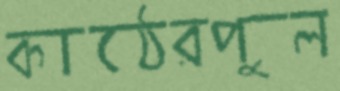
কাঠেরপুল